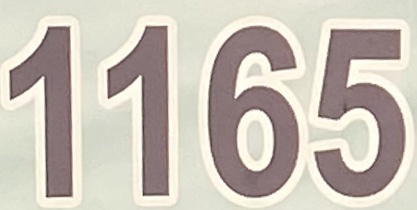
1165